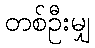
တစ်ဦးမျှ